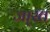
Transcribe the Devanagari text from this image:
जा्स्त